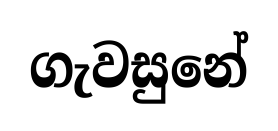
ගැවසුනේ